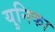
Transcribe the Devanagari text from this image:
युनिका